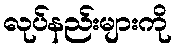
လုပ်နည်းများကို